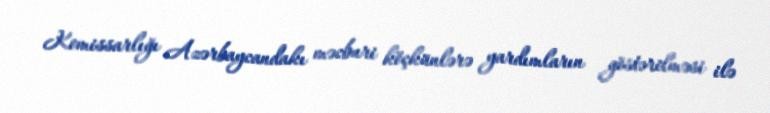
Komissarlığı Azərbaycandakı məcburi köçkünlərə yardımların göstərilməsi ilə